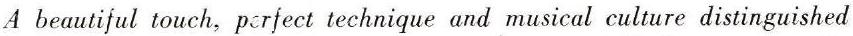
A beautiful touch, perfect technique and musical culture distinguished